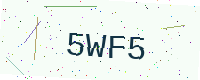
Text: 5WF5